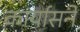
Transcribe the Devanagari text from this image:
कार्यासने